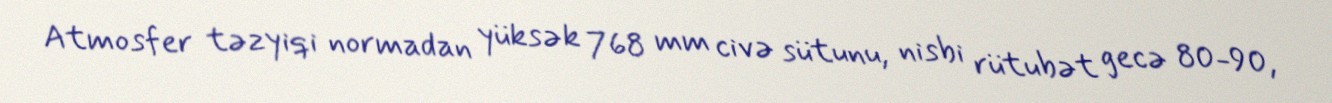
Atmosfer təzyiqi normadan yüksək 768 mm civə sütunu, nisbi rütubət gecə 80-90,